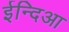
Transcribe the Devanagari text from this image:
ईन्दिआ